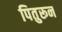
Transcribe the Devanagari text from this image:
पितुरून